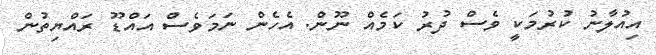
އިއުލާނު ކުރުމަކީ ވެސް ދުރު ކަމެއް ނޫން. އެހެން ނަމަވެސް އައްޑޫ ރައްޔިތުން